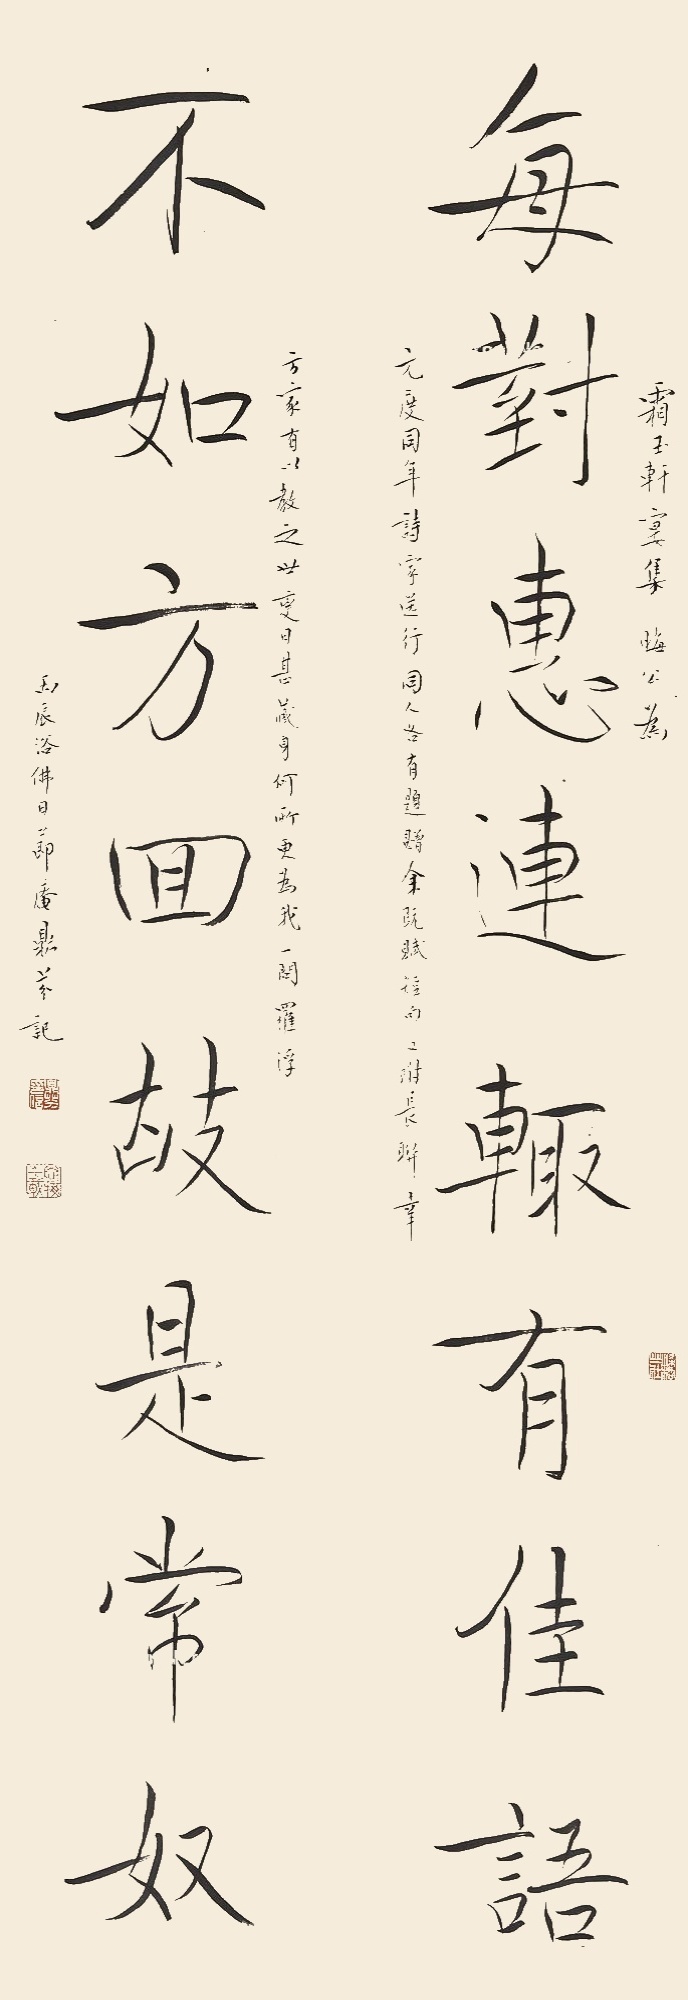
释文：每对惠连輙有佳语，不如方回故是常奴。霜玉轩宴集，晦公为元度同年诗家送行，同人各有题赠，余既赋短句，又附长联，幸方家有以教之，世变日甚，藏身何所，更为我一问罗浮。丙辰浴佛日，节庵鼎芬记。